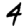
Digit: 4